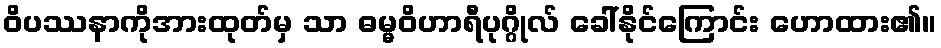
ဝိပဿနာကိုအားထုတ်မှ သာ ဓမ္မဝိဟာရီပုဂ္ဂိုလ် ခေါ်နိုင်ကြောင်း ဟောထား၏။